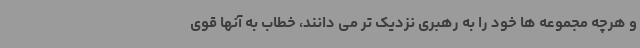
و هرچه مجموعه ها خود را به رهبری نزدیک تر می دانند، خطاب به آنها قوی